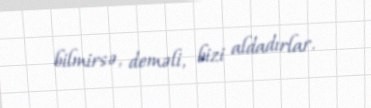
bilmirsə, deməli, bizi aldadırlar.